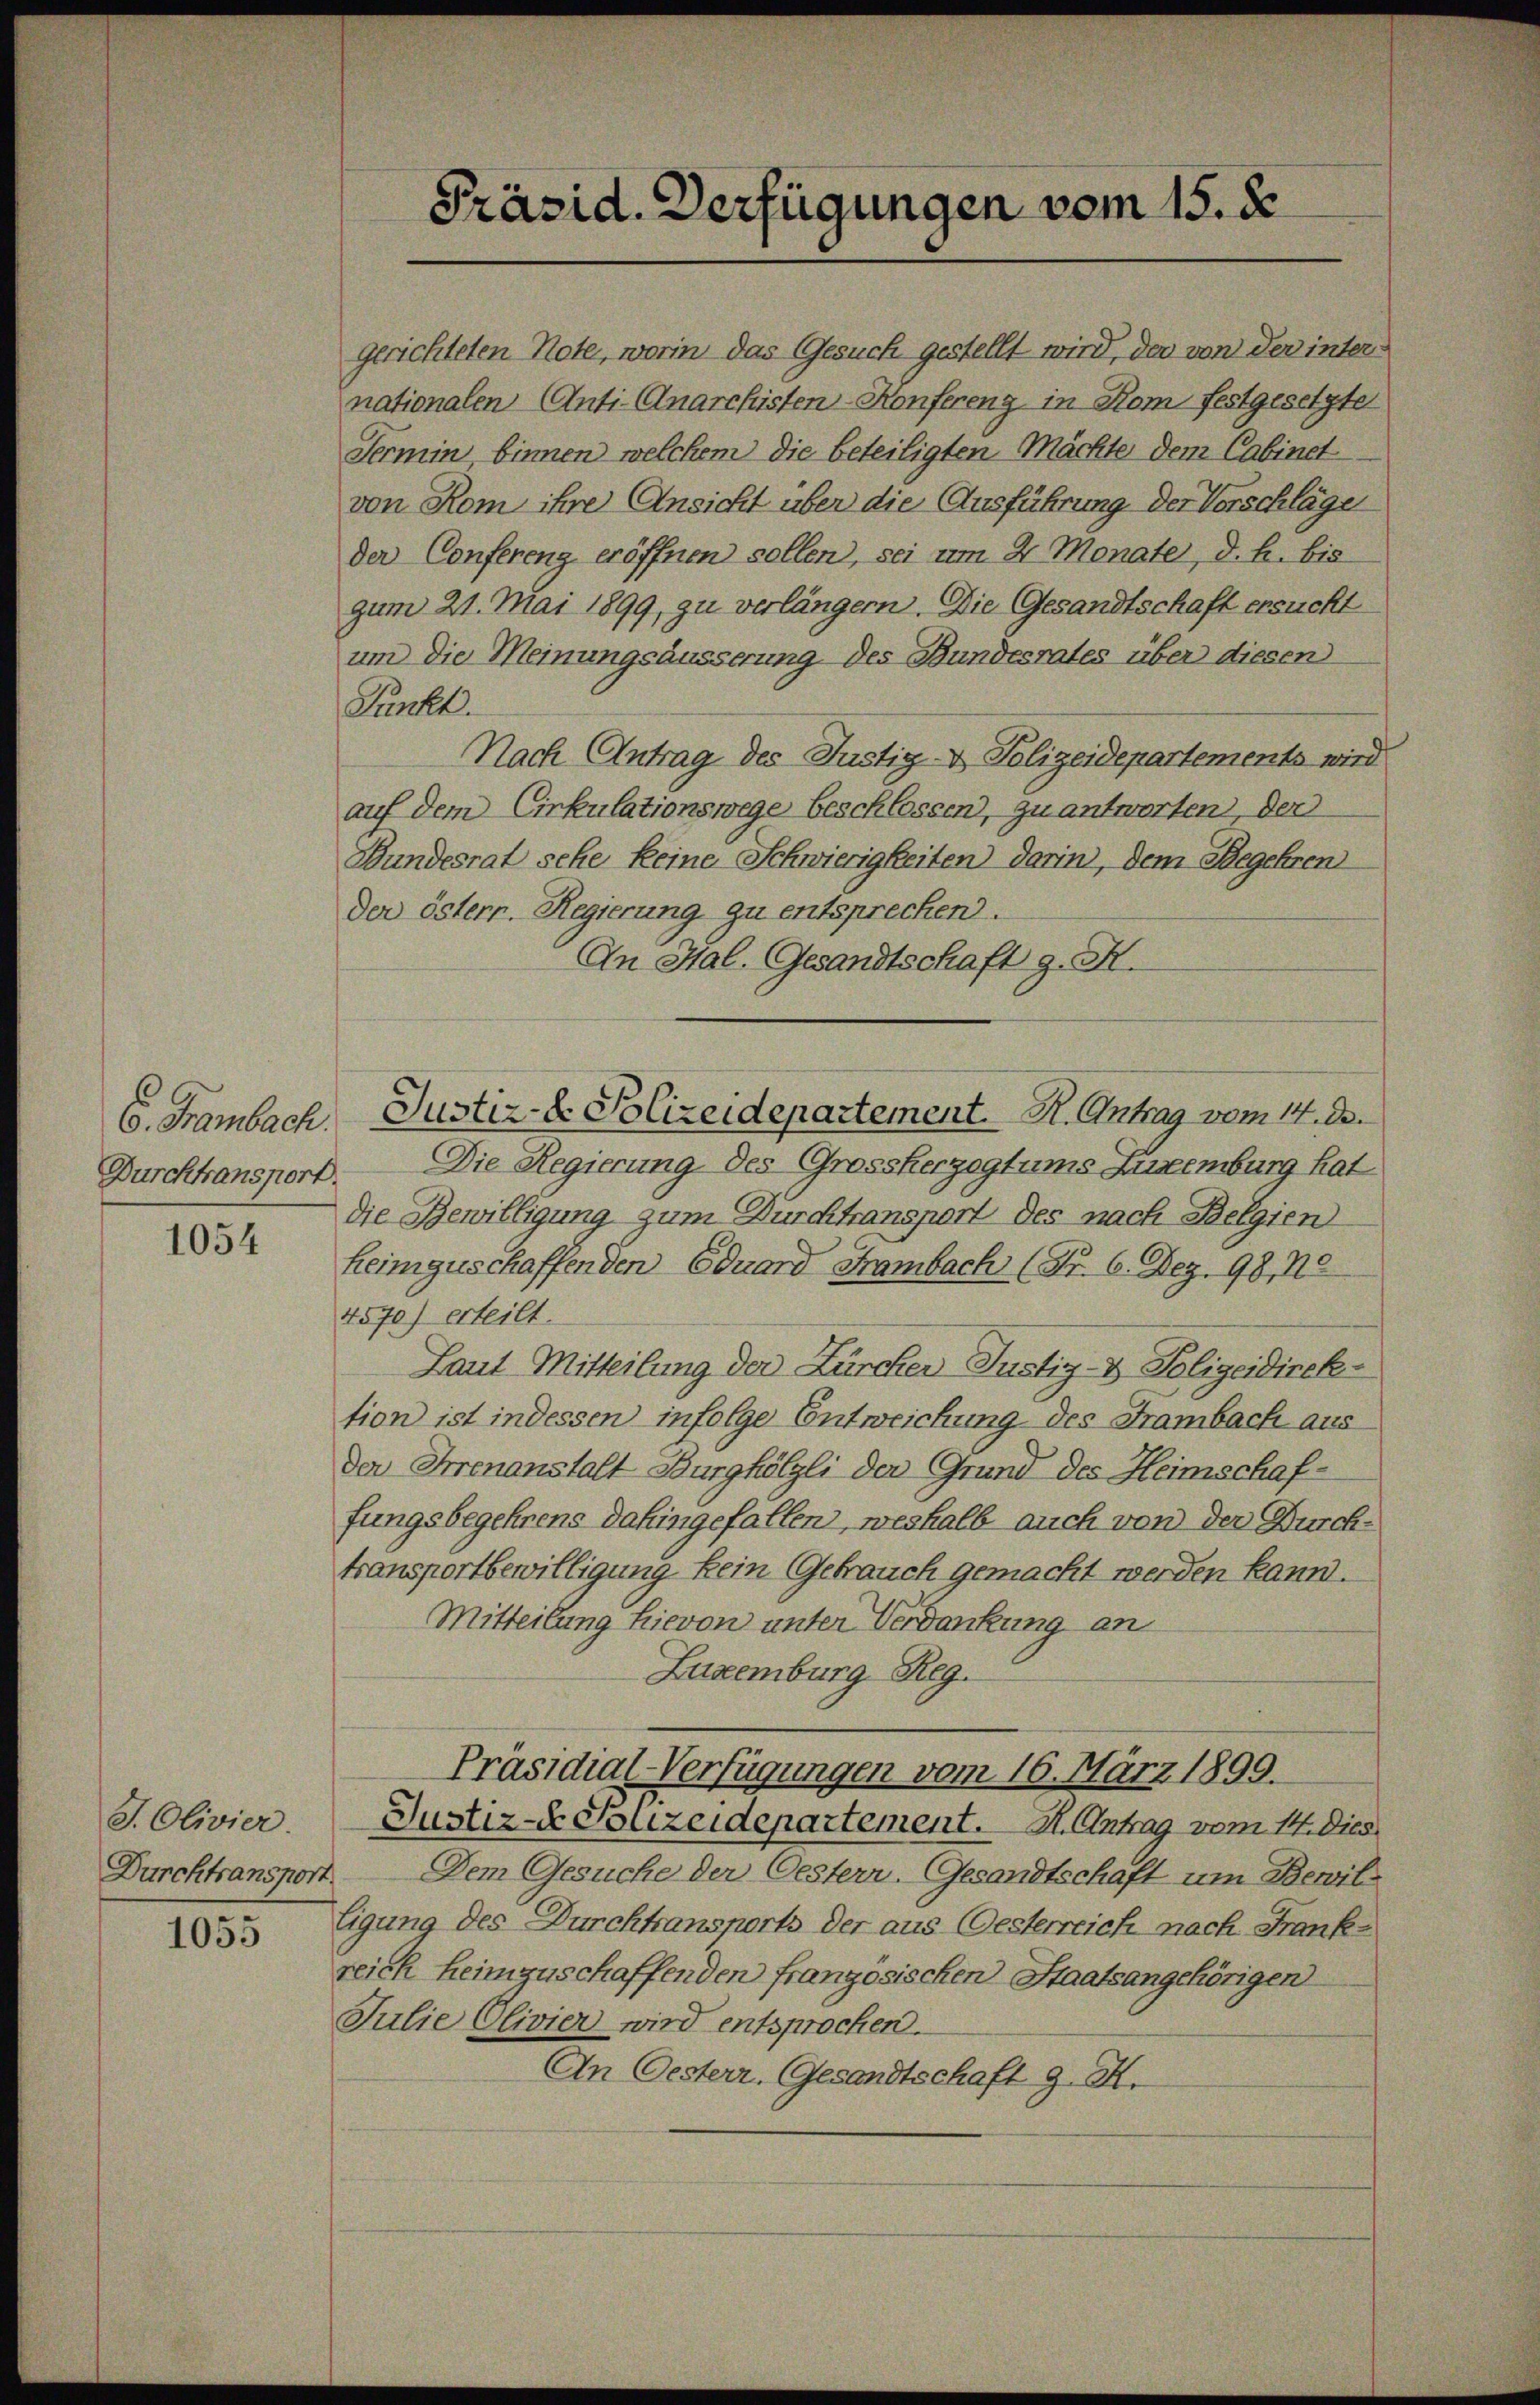
6. Frambach.
Durchtransport.

1054

J. Olivier.

1055

gerichteten Note, worin das Gesuch gestellt wird, der von der internationalen Anti-Anarchisten-Konferenz in Kom festgesetzte
Termin, binnen welchem die beteiligten Mächte dem Cabinet
von Rom ihre Ansicht über die Ausführung der Vorschläge
der Conferenz eröffnen sollen, sei um 4 Monate, d. h. bis
gum 21. Mai 1899, zu verlängern. Die Gesandtschaft ersucht

Präsid. Verfügungen vom 15. d.

und die Meinungsäusserung des Bundesrates über diesen
Punkt.
Nach Antrag des Justig- & Polizeidepartements wird
auf dem Cirkulationswege beschlossen, zu antworten der
Bundesrat sehe keine Schwierigkeiten darin, dem Begehren
Dor österr. Regierung zu entsprechen.
An Hal. Gesandtschaft z. H.
Justiz- & Polizeidepartement. R. Antrag vom 14. De
Die Regierung des Grosskergegtums Augenburg hat
die Bewilligung zum Durchtransport des nach Belgien
heimguschaffenden Eduard Frambach (Nr. 6. Dez. 98, Ne
4570) erteilt.
Laut Mitteilung der Zürcher Justiz- & Polizeidirektion ist indessen infolge Entweichung des Frambach aus
Der Irrenanstalt Burghölzli der Grund des Heimschaffungsbegehrens dahingefallen, weshalb auch von der Durchtransportbewilligung kein Gebrauch gemacht werden kann.
Mitteilung hievon unter Verdankung an
Luxenburg Reg.

Präsidial-Verfügungen vom 16. März 1899.
Justiz- & Souzeidepartement. H. Antrag vom 14. Dies

Durchtransport. Dem Gesuche der Oesterr. Gesandtschaft um Bewil-
ligung des Durchtransports der aus (Gesterreich nach Frankreich heimzuschaffenden französischen Staatsangehörigen
Julie Olivier wird entsprochen.
An Oesterr. Gesandtschaft g. K.